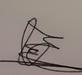
Signature authenticity: genuine